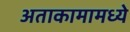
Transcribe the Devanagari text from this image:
अताकामामध्ये